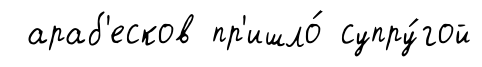
араб'есков пр'ишло́ супру́гой